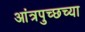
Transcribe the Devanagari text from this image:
आंत्रपुच्छच्या